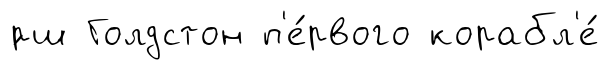
́рш Голдстон п'е́рвого корабл'е́